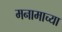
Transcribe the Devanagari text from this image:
मनामाच्या